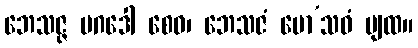
ဘေသဇ္ဇ မဂဒေါ စေဝ၊ ဘေသဇံ မော’သဓံ ပျထ။